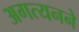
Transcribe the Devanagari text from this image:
अगत्यनने